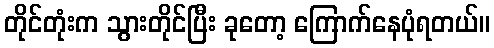
တိုင်တုံးက သွားတိုင်ပြီး ခုတော့ ကြောက်နေပုံရတယ်။